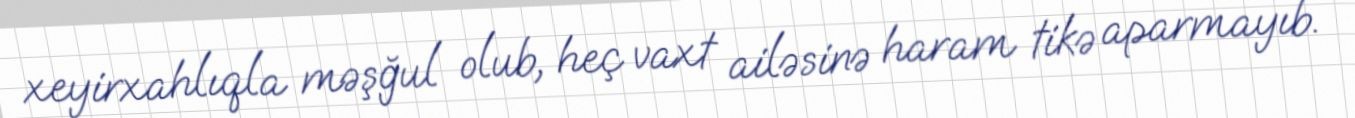
xeyirxahlıqla məşğul olub, heç vaxt ailəsinə haram tikə aparmayıb.